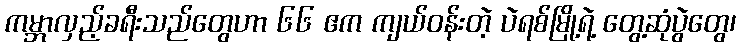
ကမ္ဘာလှည့်ခရီးသည်တွေဟာ ၆၆ ဧက ကျယ်ဝန်းတဲ့ ပဲရစ်မြို့ရဲ့ တွေ့ဆုံပွဲတွေ၊